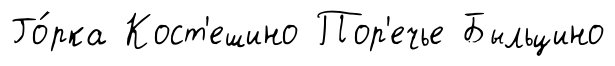
Го́рка Кост'ешино Пор'ечье Быльцино